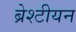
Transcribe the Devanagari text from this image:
ब्रेश्टीयन